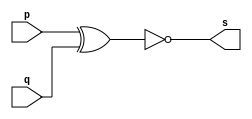
// Exercicio02 - XNOR
// Nome: Gabriel Carlos Damasceno Arriel
// -------------------------
// -- xnor gate
// -------------------------
module orgate ( output s,
input p, q);
assign s = (~(p ^ q));
endmodule // orgate
// ---------------------
// -- test or gate
// ---------------------
module testorgate;
// ------------------------- dados locais
reg a, b; // definir registradores
wire s; // definir conexao (fio)
// ------------------------- instancia
orgate XNOR1 (s, a, b);
// ------------------------- preparacao
initial begin:start
// atribuicao simultanea
// dos valores iniciais
a=0; b=0;
end
// ------------------------- parte principal
initial begin
$display("Exercicio02 - Gabriel Carlos Damasceno Arriel - 451557");
$display("Test XNOR gate");
$display("\n~(a ^ b) = s\n");
a=0; b=0;
#1 $display("%b & %b = %b", a, b, s);
a=0; b=1;
#1 $display("%b & %b = %b", a, b, s);
a=1; b=0;
#1 $display("%b & %b = %b", a, b, s);
a=1; b=1;
#1 $display("%b & %b = %b", a, b, s);
end
endmodule // testorgate